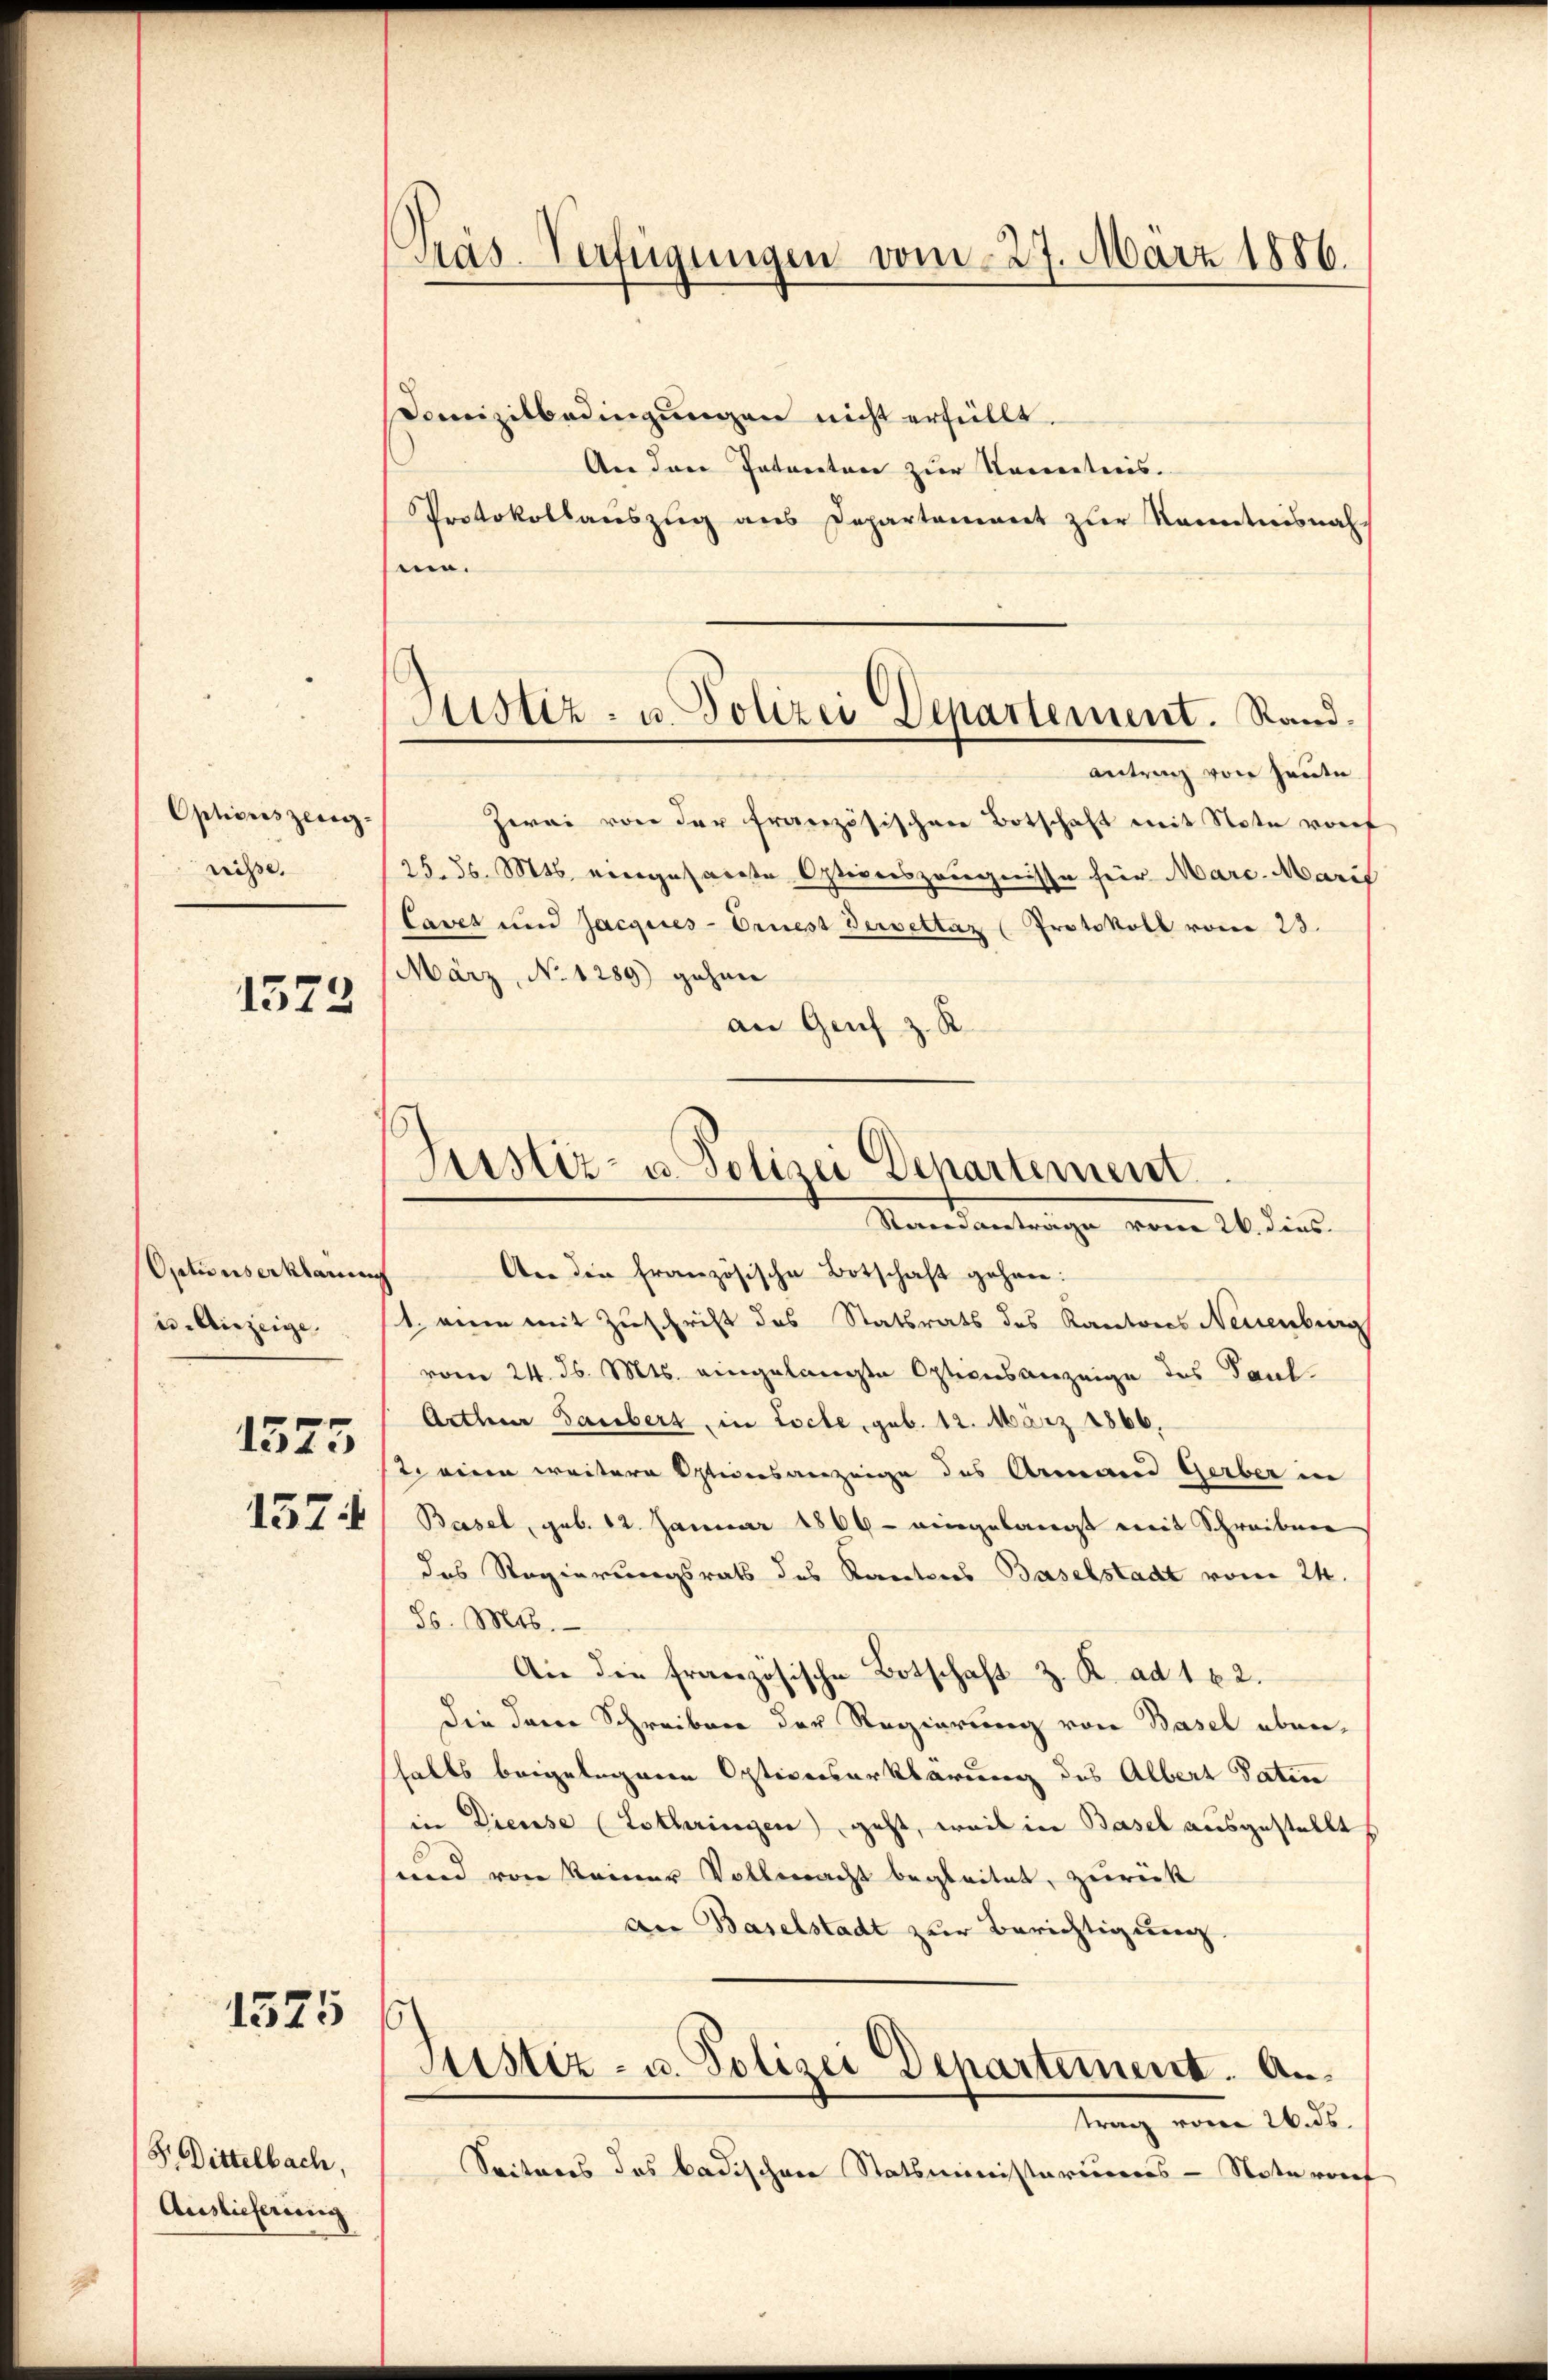
Optionszeug-
rrisse.

1573

Optionserklärung
u. Anzeige.
1575

1575

F. Dittelbach,
Auslieferung

An die französische Botschaft gehen:
1. einen mit Zuschrift des Statsrats des Kantons Neuenburg
vom 24. d. Mts. eingelangte Optionsanzeige des Paul-
Arthur Saubert, in Locte, geb. 12. März 1866,
st. eine weitere Optionsanzeige des Armand Gerber in
1357) Basel, geb. 12. Januar 1866 - eingelangt mit Schreiben
das Regierungsrath des Kantons Baselstadt vom 24.
8s. Mts.
An die französische Botschaft z. R. ad 162.
Die darin Schreiben der Regierung von Basel ebenshalts beigelegene Optionserklärung des Albert Satin
in Diesse (Lothringen geht, weil in Basel ausgestellt
sund von keiner Vollmacht begleitet, zurück
an Baselstadt zur Berichtigung
s
Sistiz- u. Polizei Departement. Antrag vom 26. ds.
Seiteres des badischen Statsministeriums-Noterof

Präs. Verfügungen vom 27. März 1886.

Comizilbedingungen nicht erfüllt.
An den Intereten zur Kenntnis.
Protokollauszug aus Departement zur Kenntnisnah
.
Zwai von der französischen Botschaft mit Note vorf
25. d. Mts. eingesandte Optionszeugnisse für Marc-Marif
Cavet und Jacques-Ernest dersettaz (Protokoll vom 23.
März, No. 1289) gehen
an Genf z. B.

Justiz- u. Polizei Departement. Rand.
antrag von heute.

Justiz- u. Polizei Departement
Mandantrage vom 26. dens